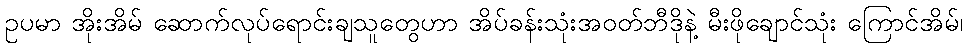
ဥပမာ အိုးအိမ် ဆောက်လုပ်ရောင်းချသူတွေဟာ အိပ်ခန်းသုံးအဝတ်ဘီဒိုနဲ့ မီးဖိုချောင်သုံး ကြောင်အိမ်၊